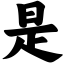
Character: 是